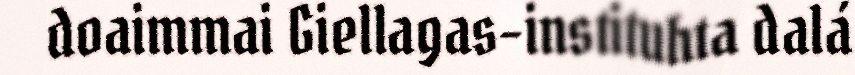
doaimmai Giellagas-instituhta dalá